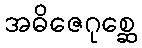
အဓိဇေဂုစ္ဆေ